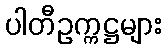
ပါတီဥက္ကဋ္ဌများ